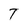
Character: T